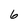
Character: 6